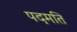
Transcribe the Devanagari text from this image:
पदमति